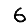
Digit: 6